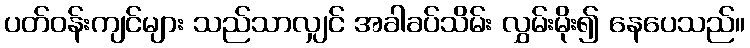
ပတ်ဝန်းကျင်များ သည်သာလျှင် အခါခပ်သိမ်း လွှမ်းမိုး၍ နေပေသည်။